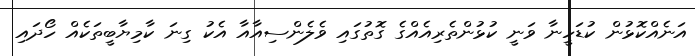
އަނެއްކޮޅުން ކުޑަހީނާ ވަނީ ކުޅުންތެރިއެއްގެ ގޮތުގައި ވެލެންސިއާއާ އެކު ގިނަ ކާމިޔާބީތަކެއް ހޯދައި